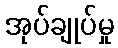
အုပ်ချုပ်မှု